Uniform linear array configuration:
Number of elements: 8
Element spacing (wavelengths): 0.75
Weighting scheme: cosine
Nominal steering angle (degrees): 0
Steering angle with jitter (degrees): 1.594
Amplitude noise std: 0.05
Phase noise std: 0.05

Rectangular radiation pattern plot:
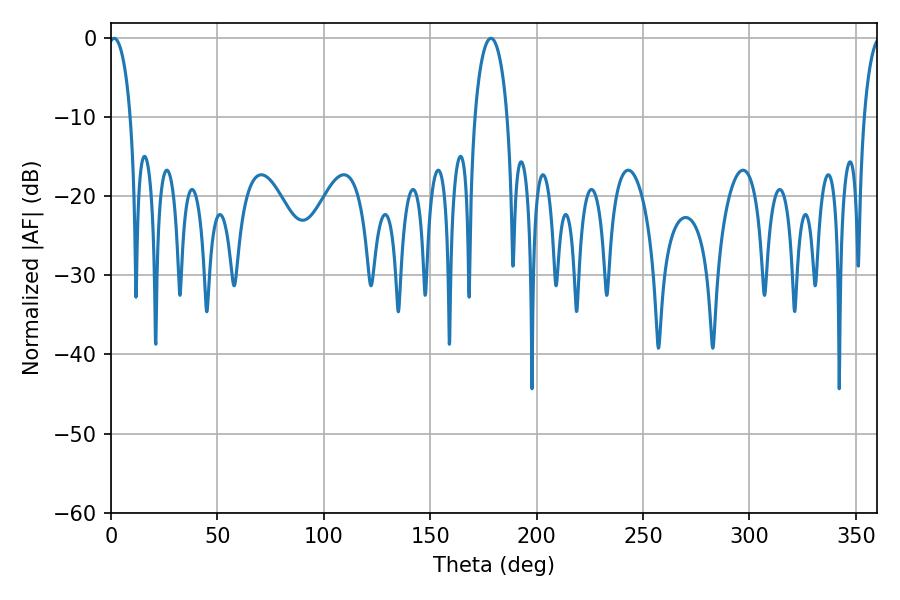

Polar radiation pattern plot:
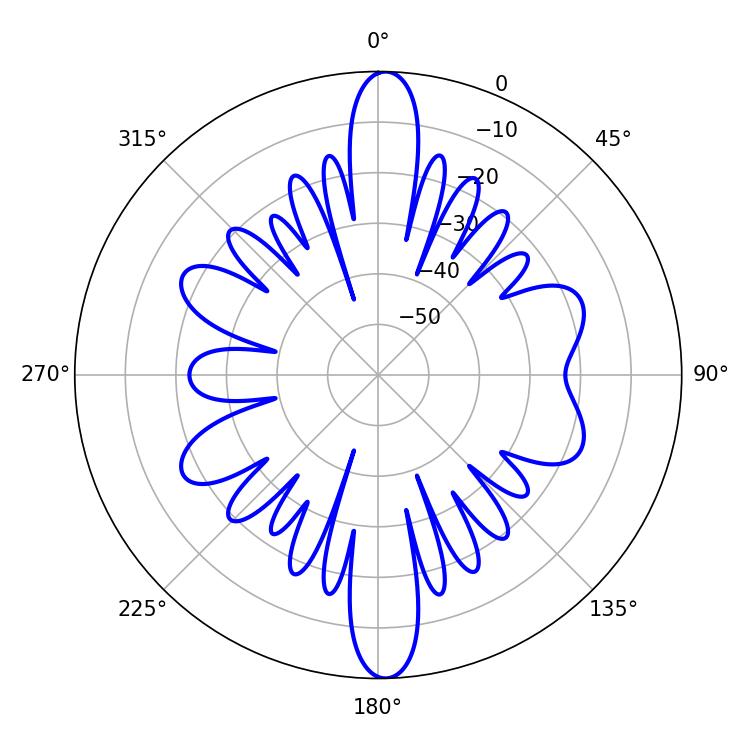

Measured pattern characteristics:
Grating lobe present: TRUE
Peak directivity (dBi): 22.511
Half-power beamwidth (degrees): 5.76
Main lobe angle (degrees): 1.44